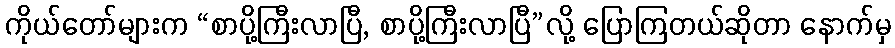
ကိုယ်တော်များက “စာပို့ကြီးလာပြီ, စာပို့ကြီးလာပြီ”လို့ ပြောကြတယ်ဆိုတာ နောက်မှ